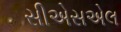
સીએસએલ